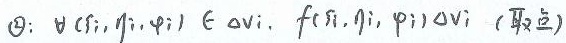
$\Theta: \forall(\pi_i, \eta_i, \varphi_i) \in \Delta v_i, f(\pi_i, \eta_i, \varphi_i)\Delta v_i \text{ (取立)}$